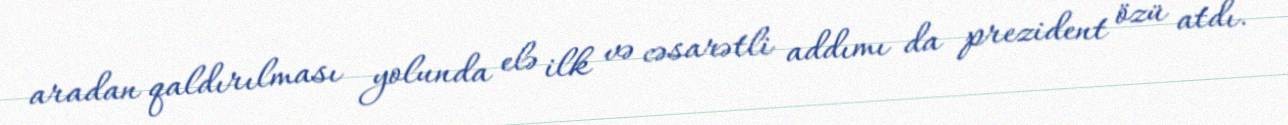
aradan qaldırılması yolunda elə ilk və cəsarətli addımı da prezident özü atdı.